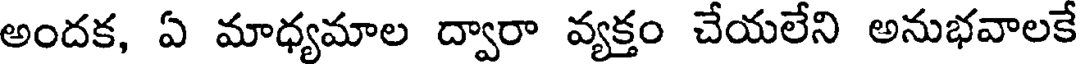
అందక, ఏ మాధ్యమాల ద్వారా వ్యక్తం చేయలేని అనుభవాలకే